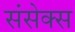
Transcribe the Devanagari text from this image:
संसेक्स